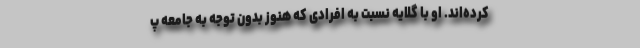
کرده‌اند. او با گلایه نسبت به افرادی که هنوز بدون توجه به جامعه پ